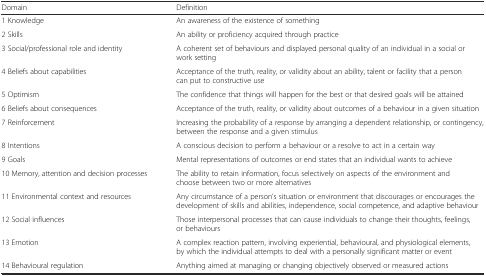
<table><thead><tr><td><b>Domain</b></td><td><b>Definition</b></td></tr></thead><tbody><tr><td>1 Knowledge</td><td>An awareness of the existence of something</td></tr><tr><td>2 Skills</td><td>An ability or proficiency acquired through practice</td></tr><tr><td>3 Social/professional role and identity</td><td>A coherent set of behaviours and displayed personal quality of an individual in a social or work setting</td></tr><tr><td>4 Beliefs about capabilities</td><td>Acceptance of the truth, reality, or validity about an ability, talent or facility that a person can put to constructive use</td></tr><tr><td>5 Optimism</td><td>The confidence that things will happen for the best or that desired goals will be attained</td></tr><tr><td>6 Beliefs about consequences</td><td>Acceptance of the truth, reality, or validity about outcomes of a behaviour in a given situation</td></tr><tr><td>7 Reinforcement</td><td>Increasing the probability of a response by arranging a dependent relationship, or contingency, between the response and a given stimulus</td></tr><tr><td>8 Intentions</td><td>A conscious decision to perform a behaviour or a resolve to act in a certain way</td></tr><tr><td>9 Goals</td><td>Mental representations of outcomes or end states that an individual wants to achieve</td></tr><tr><td>10 Memory, attention and decision processes</td><td>The ability to retain information, focus selectively on aspects of the environment and choose between two or more alternatives</td></tr><tr><td>11 Environmental context and resources</td><td>Any circumstance of a person’s situation or environment that discourages or encourages the development of skills and abilities, independence, social competence, and adaptive behaviour</td></tr><tr><td>12 Social influences</td><td>Those interpersonal processes that can cause individuals to change their thoughts, feelings, or behaviours</td></tr><tr><td>13 Emotion</td><td>A complex reaction pattern, involving experiential, behavioural, and physiological elements, by which the individual attempts to deal with a personally significant matter or event</td></tr><tr><td>14 Behavioural regulation</td><td>Anything aimed at managing or changing objectively observed or measured actions</td></tr></tbody></table>